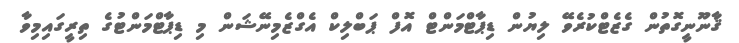
ޤާނޫނީގޮތުން ގެޒެޓްކުރެވޭ ލިޔުން ޑިޕާޓްމަންޓް އޮފް ޕަބްލިކް އެގްޒެމިނޭޝަން މި ޑިޕާޓްމަންޓުގެ ތިރީގައިމިވާ